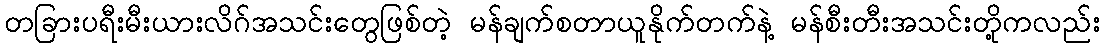
တခြားပရီးမီးယားလိဂ်အသင်းတွေဖြစ်တဲ့ မန်ချက်စတာယူနိုက်တက်နဲ့ မန်စီးတီးအသင်းတို့ကလည်း